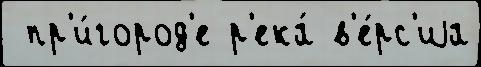
 пр'и́город'е р'ека́ в'е́рс'иjа